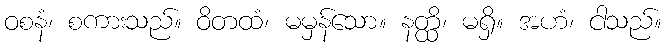
ဝစနံ၊ စကားသည်။ ဝိတထံ၊ မမှန်သော။ နတ္ထိ၊ မရှိ။ အဟံ၊ ငါသည်။